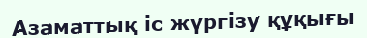
Азаматтық іс жүргізу құқығы